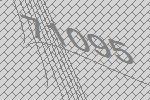
71095